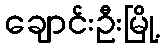
ချောင်းဦးမြို့